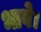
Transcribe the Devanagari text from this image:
भावे।